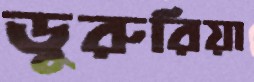
ডুরুরিয়া